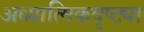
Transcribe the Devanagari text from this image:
अध्यात्मिकदृष्ट्या